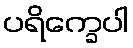
ပရိက္ခေပါ